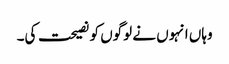
وہاں انہوں نے لوگوں کو نصیحت کی۔